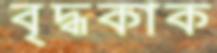
বৃদ্ধকাক